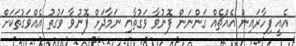
އެއީ ފިހާރައިން އެއްޗެއް ގަންނަން ފޮނުވާ ވަގުތާއި ނަމާދަށް ފޮނުވާ ވަގުތު އެއްވަގުތަކަށް